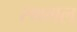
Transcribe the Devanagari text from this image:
स्थमल